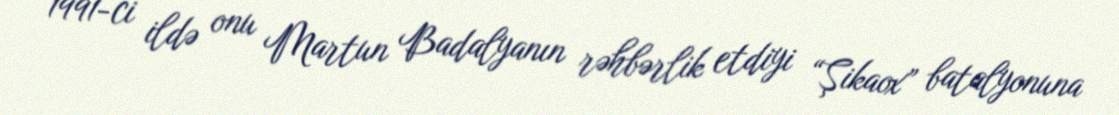
1991-ci ildə onu Martun Badalyanın rəhbərlik etdiyi “Şikaox” batalyonuna